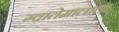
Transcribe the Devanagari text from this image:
ग्वातेमालाला